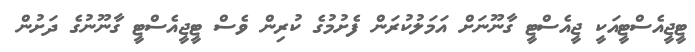
ޓީޖީއެސްޓީއަކީ ޖީއެސްޓީ ގާނޫނަށް އަމަލުކުރަން ފެށުމުގެ ކުރިން ވެސް ޓީޖީއެސްޓީ ގާނޫނުގެ ދަށުން